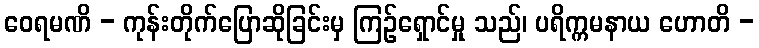
ဝေရမဏိ - ကုန်းတိုက်ပြောဆိုခြင်းမှ ကြဉ်ရှောင်မှု သည်၊ ပရိက္ကမနာယ ဟောတိ -